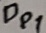
Text: Dp1